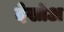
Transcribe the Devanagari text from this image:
देखोअ